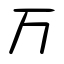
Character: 万